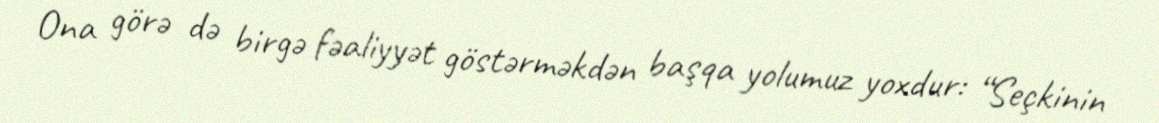
Ona görə də birgə fəaliyyət göstərməkdən başqa yolumuz yoxdur: “Seçkinin